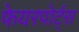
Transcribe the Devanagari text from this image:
फेयरपोर्ट्स